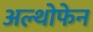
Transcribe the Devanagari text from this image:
अल्थोफेन